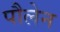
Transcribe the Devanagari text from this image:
पौलेन